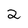
Character: 2